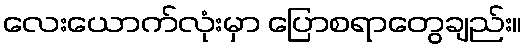
လေးယောက်လုံးမှာ ပြောစရာတွေချည်း။